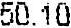
50.10